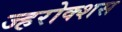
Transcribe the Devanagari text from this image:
ज्हरोक्शस